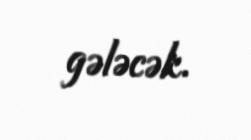
gələcək.